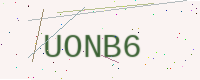
Text: UONB6